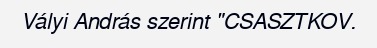
Vályi András szerint "CSASZTKOV.